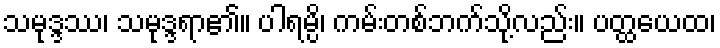
သမုဒ္ဒဿ၊ သမုဒ္ဒရာ၏။ ပါရမ္ပိ၊ ကမ်းတစ်ဘက်သို့လည်း။ ပတ္ထယေထ၊